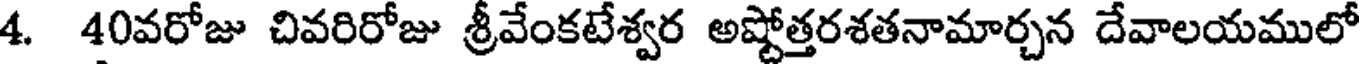
4. 40వరోజు చివరిరోజు శ్రీవేంకటేశ్వర అష్టోత్తరశతనామార్చన దేవాలయములో